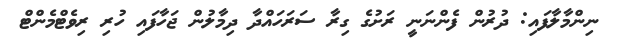
ނިންމާލާފައި: ދުރުން ފެންނަނީ ރަށުގެ ގިރާ ސަރަހައްދާ ދިމާލުން ޖަހާފައި ހުރި ރިވެޓްމެންޓް